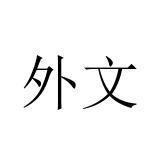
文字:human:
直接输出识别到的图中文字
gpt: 外文